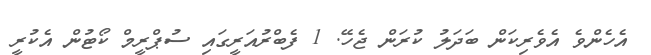
އެހެންވެ އެވެރިކަން ބަދަލު ކުރަން ޖެހޭ. 1 ފެބްރުއަރީގައި ސުޕްރީމް ކޯޓުން އެކުރީ